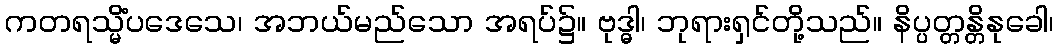
ကတရသ္မိံပဒေသေ၊ အဘယ်မည်သော အရပ်၌။ ဗုဒ္ဓါ၊ ဘုရားရှင်တို့သည်။ နိပ္ပတ္တန္တိနုခေါ၊